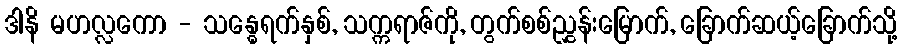
ဒါနိ မဟလ္လကော - သန္ဓေရက်နှစ်, သက္ကရာဇ်ကို, တွက်စစ်ညွှန်းမြောက်, ခြောက်ဆယ့်ခြောက်သို့